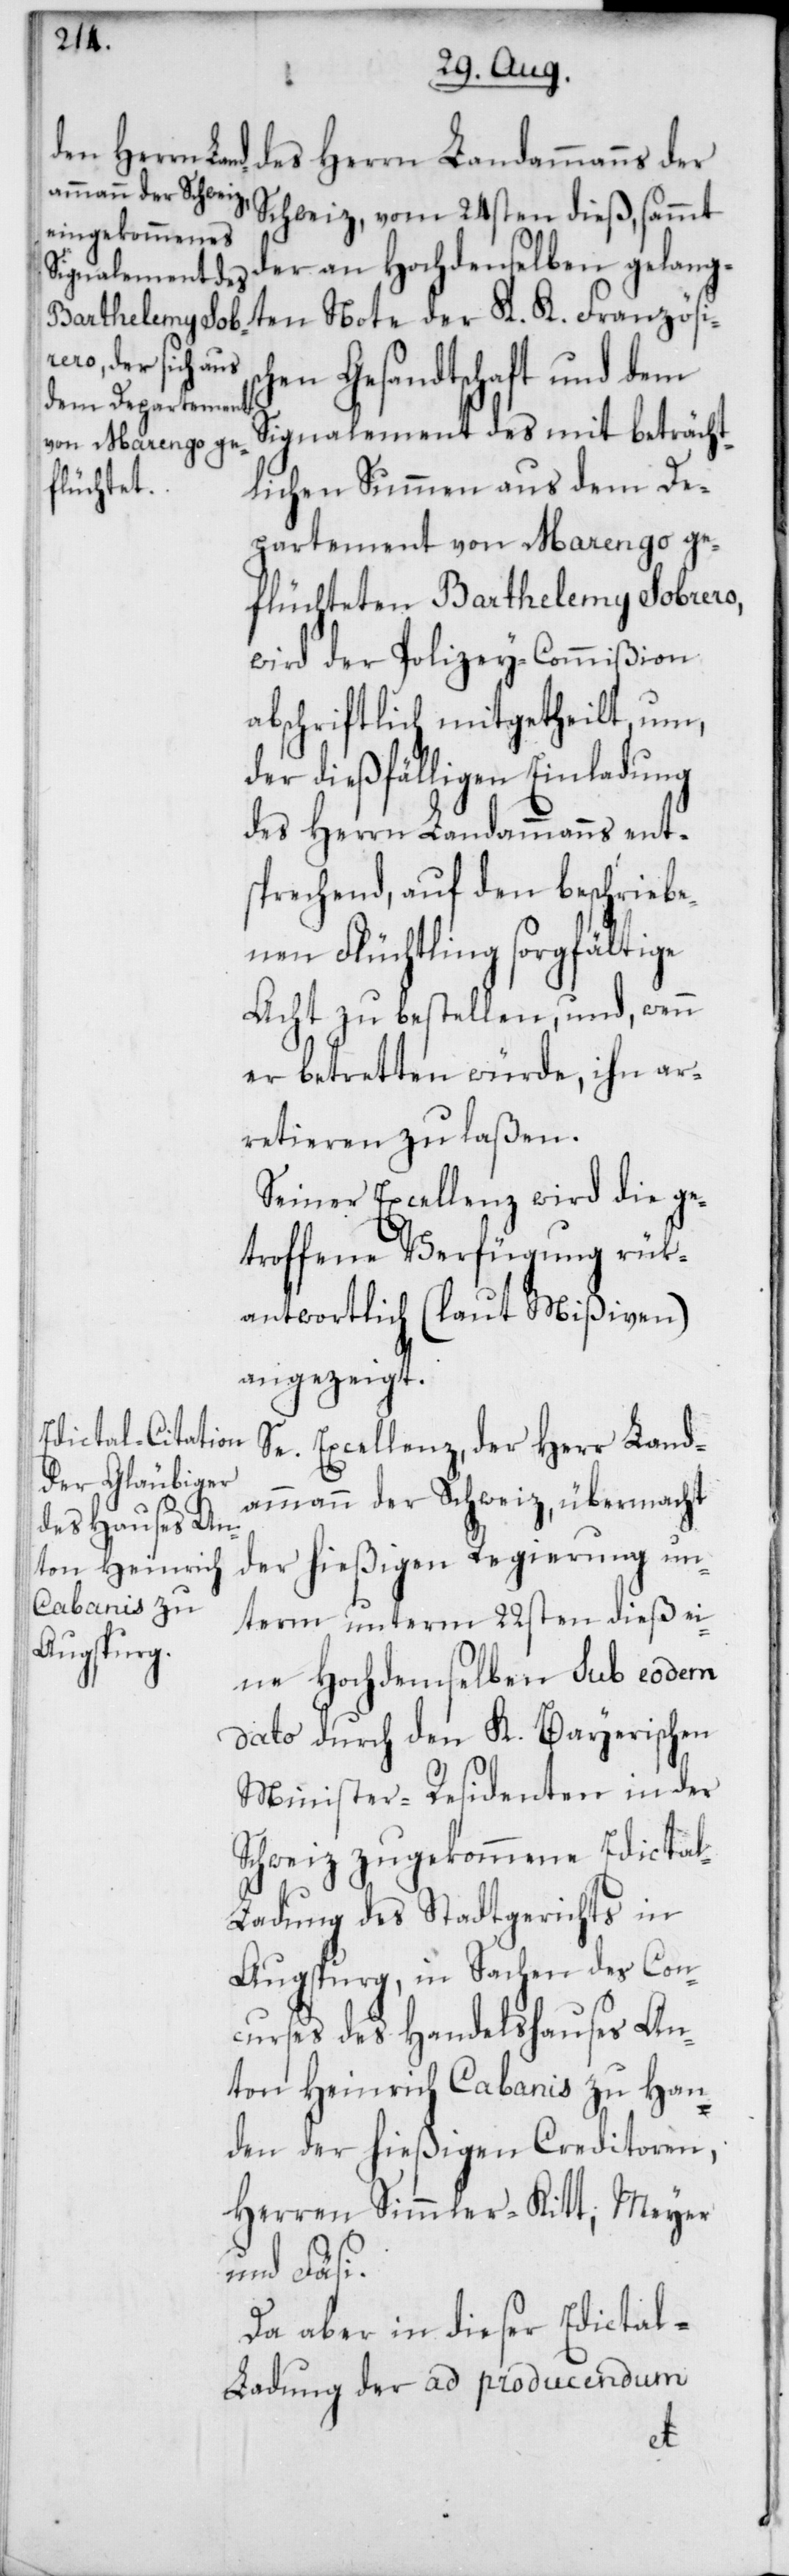
des Herrn Landammanns der
Schweiz, vom 24sten dieß, sammt
der an Hochdenselben gelang¬
ten Note der K. K. Französis¬
chen Gesandtschaft und dem
Signalement des mit beträcht¬
lichen Summen aus dem De¬
partement von Marengo ge¬
flüchteten Barthelemy Sobrero,
wird der Polizey-Commißion
abschriftlich mitgetheilt, um,
der dießfälligen Einladung
des Herrn Landammanns ent¬
sprechend, auf den beschriebe¬
nen Flüchtling sorgfältige
Acht zu bestellen, und, wenn
er betretten würde, ihn ar¬
retieren zu laßen.
Seiner Excellenz wird die ge¬
troffene Verfügung rük¬
antwortlich (laut Mißiven)
angezeigt.
Se. Excellenz, der Herr Land¬
ammann der Schweiz, übermacht
der hießigen Regierung un¬
eine hochdemselben sub eodem
dato durch den K. Bayerischen
Minister-Residenten in der
Schweiz zugekommene Edicta¬
l-Ladung des Stadtgerichts in
Augsburg, in Sachen des Con¬
curses des Handelshauses An¬
ton Heinrich Cabanis zu Han¬
den der hießigen Creditoren,
Herren Simmler-Kitt, Meyer
und Fäsi.
Da aber in dieser Edicta¬
l-Ladung der ad producendum
term